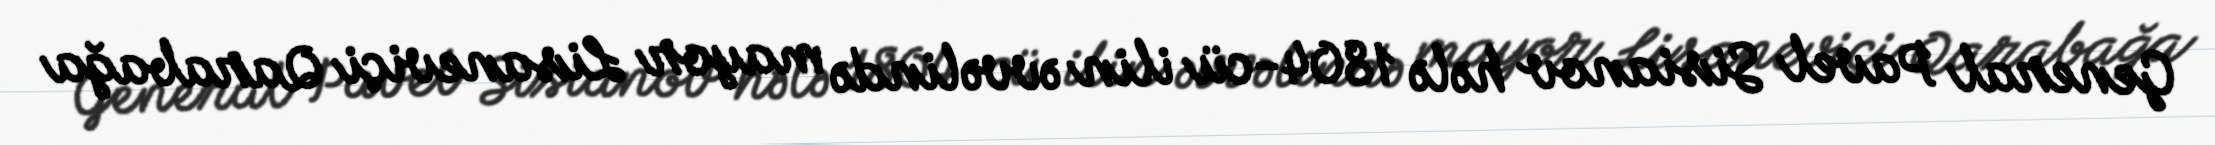
General Pavel Sisianov hələ 1804-cü ilin əvvəlində mayor Lisaneviçi Qarabağa